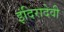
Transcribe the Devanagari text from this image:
इंदिरादेवी